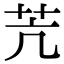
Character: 苀